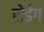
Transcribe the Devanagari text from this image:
रोईग